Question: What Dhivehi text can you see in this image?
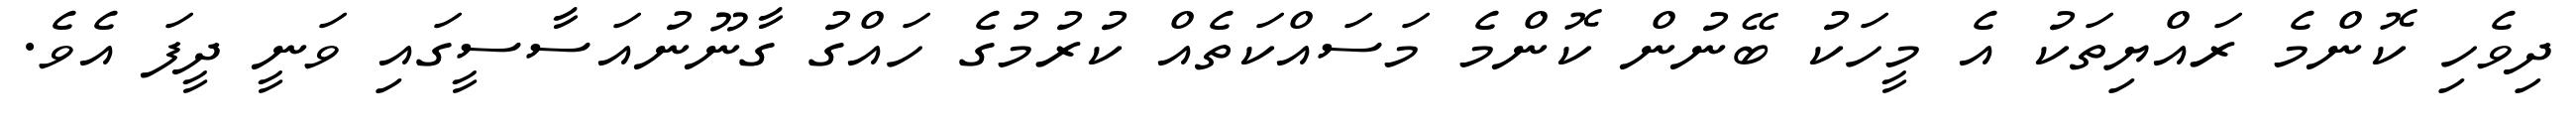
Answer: ދިވެހި ކޮންމެ ރައްޔިތަކު އެ މީހަކު ބޭނުން ކޮންމެ މަސައްކަތެއް ކުރުމުގެ ހައްގު ގާނޫނުއަސާސީގައި ވަނީ ދީފަ އެވެ.